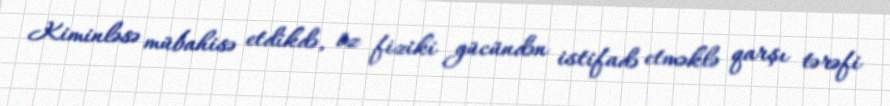
Kiminləsə mübahisə etdikdə, öz fiziki gücündən istifadə etməklə qarşı tərəfi